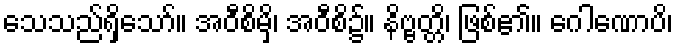
သေသည်ရှိသော်။ အဝီစိမှိ၊ အဝီစိ၌။ နိဗ္ဗတ္တိ၊ ဖြစ်၏။ ဂေါဏောပိ၊